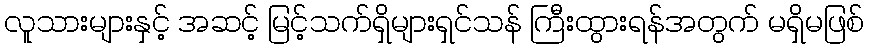
လူသားများနှင့် အဆင့် မြင့်သက်ရှိများရှင်သန် ကြီးထွားရန်အတွက် မရှိမဖြစ်